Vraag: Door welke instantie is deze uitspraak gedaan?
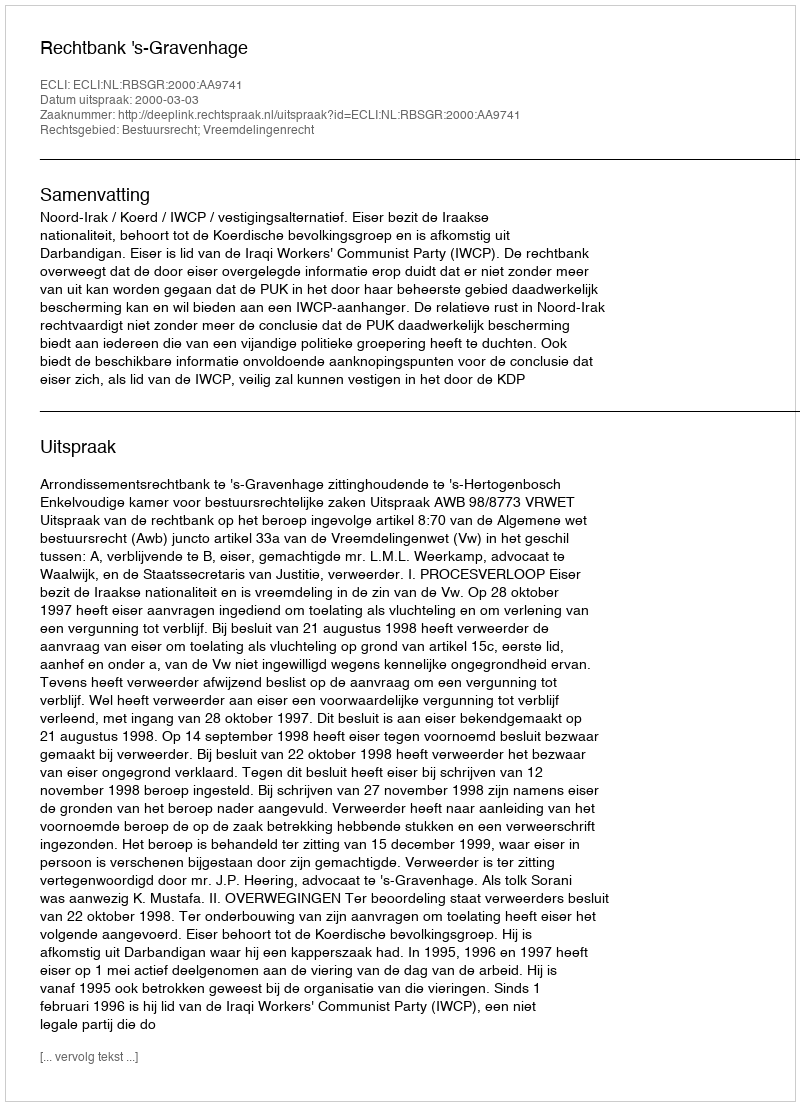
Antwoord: Rechtbank 's-Gravenhage